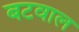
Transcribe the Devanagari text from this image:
बटवाल